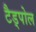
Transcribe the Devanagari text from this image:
टैड्पोल